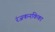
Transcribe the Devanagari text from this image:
रंजकनकिका